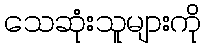
သေဆုံးသူများကို